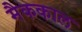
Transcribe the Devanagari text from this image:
मैककाल